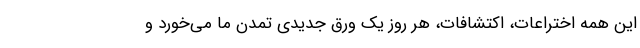
این همه اختراعات، اکتشافات، هر روز یک ورق جدیدی تمدن ما می‌خورد و